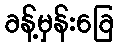
ခန့်မှန်းခြေ